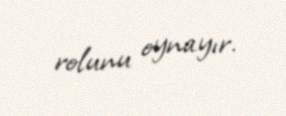
rolunu oynayır.